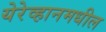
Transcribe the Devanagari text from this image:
येरेव्हानमधील